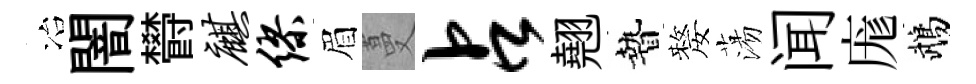
冶闇欎麒缪眉蔓占翹贄嫠蕩闻庬鵡